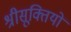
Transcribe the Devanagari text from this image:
श्रीसूक्तियों